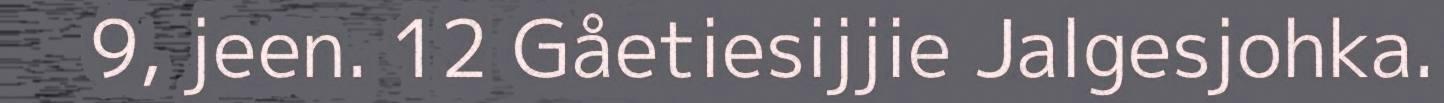
9, jeen. 12 Gåetiesijjie Jalgesjohka.